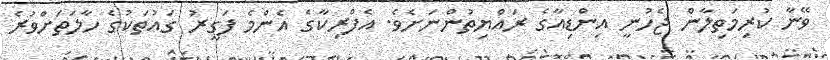
ވޭނާ ކުރިމަތިލާން ޖެހުނީ އިންޑިއާގެ ރައްޔިތުންނަށެވެ. އެފްރިކާގެ އެންމެ ފަގީރު ގައުތަކުގެ ހާލަތަށްވުރެ